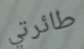
طائرتي